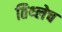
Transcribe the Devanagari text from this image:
तिथ्लेच